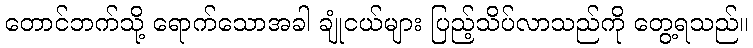
တောင်ဘက်သို့ ရောက်သောအခါ ချုံငယ်များ ပြည့်သိပ်လာသည်ကို တွေ့ရသည်။